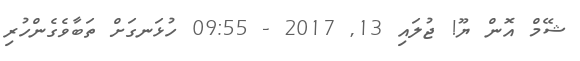
ޝޭމް އޮން ޔޫ! ޖުލައި 13